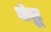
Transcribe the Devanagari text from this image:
मोबूटू